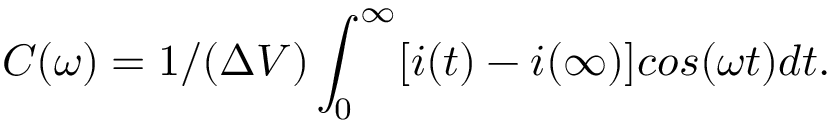
C ( \omega ) = 1 / ( \Delta V ) \int _ { 0 } ^ { \infty } [ i ( t ) - i ( \infty ) ] c o s ( \omega t ) d t .